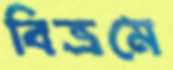
বিভ্রমে